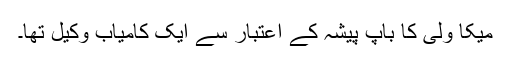
میکا ولی کا باپ پیشہ کے اعتبار سے ایک کامیاب وکیل تھا۔